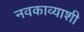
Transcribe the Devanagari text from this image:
नवकाव्याशी